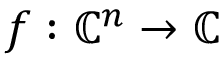
f : \mathbb { C } ^ { n } \to \mathbb { C }